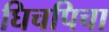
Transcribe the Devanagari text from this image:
घिचपिचा